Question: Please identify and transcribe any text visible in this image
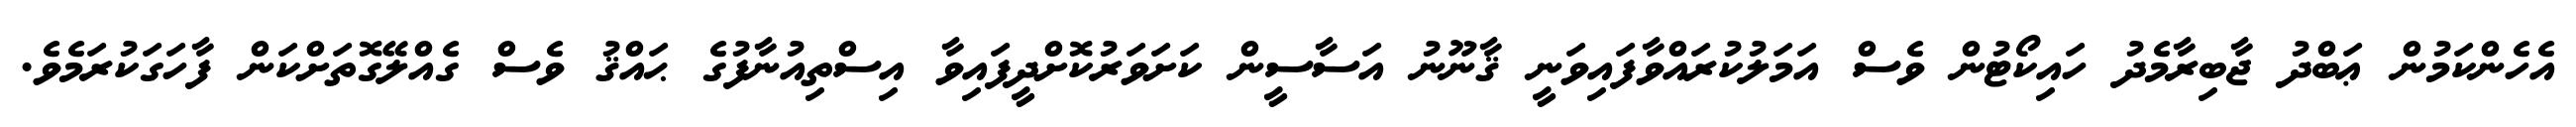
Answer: އެހެންކަމުން ޢަބްދު ޖާބިރާމެދު ހައިކޯޓުން ވެސް އަމަލުކުރައްވާފައިވަނީ ޤާނޫނު އަސާސީން ކަށަވަރުކޮށްދީފައިވާ އިސްތިއުނާފުގެ ޙައްޤު ވެސް ގެއްލޭގޮތަށްކަން ފާހަގަކުރަމެވެ.